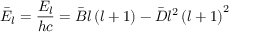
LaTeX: { \bar { E } } _ { l } = { \frac { E _ { l } } { h c } } = { \bar { B } } l \left( l + 1 \right) - { \bar { D } } l ^ { 2 } \left( l + 1 \right) ^ { 2 }